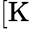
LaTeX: [\mathrm{K}